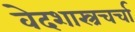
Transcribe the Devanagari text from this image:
वेदशास्त्रचर्चा